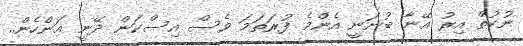
ނުކުތް އިރު އޭނާ ބުނަނީ އެންމެ ފުރަތަމަ ވެސް އިސްކަން ދޭނީ އަންހެން..